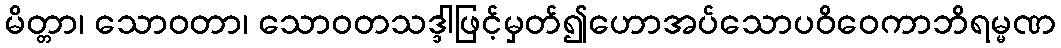
မိတ္တာ၊ သောဝတာ၊ သောဝတသဒ္ဒါဖြင့်မှတ်၍ဟောအပ်သောပဝိဝေကာဘိရမ္မဏ